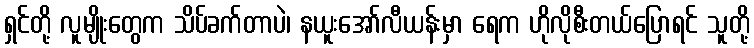
ရှင်တို့ လူမျိုးတွေက သိပ်ခက်တာပဲ၊ နယူးအော်လီယန်းမှာ ရေက ဟိုလိုစီးတယ်ပြောရင် သူတို့